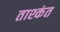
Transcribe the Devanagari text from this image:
ताश्कंत